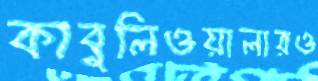
কাবুলিওয়ালারও